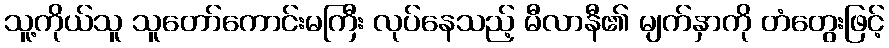
သူ့ကိုယ်သူ သူတော်ကောင်းမကြီး လုပ်နေသည့် မီလာနီ၏ မျက်နှာကို တံတွေးဖြင့်